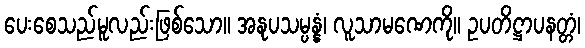
ပေးစေသည်မူလည်းဖြစ်သော။ အနုပသမ္ပန္နံ၊ လူသာမဏေကို။ ဥပတိဋ္ဌာပနတ္တံ၊